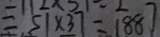
= 5 1 \times 3 7 = 1 8 8 7